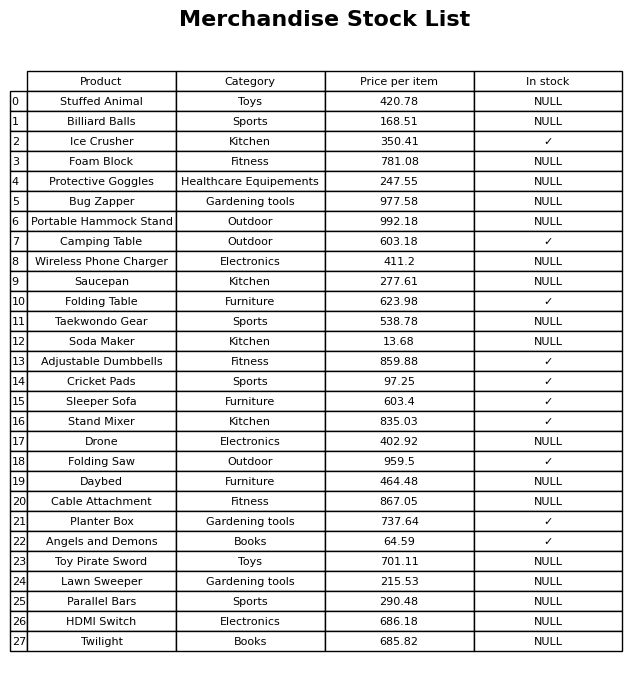
question: What is the price of the Cricket Pads?
answer: The price of Cricket Pads is 97.25.